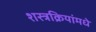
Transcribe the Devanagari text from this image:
शस्त्रक्रियांमधे